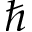
\hbar